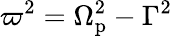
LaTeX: \varpi^{2}=\Omega_{\mathrm{p}}^{2}-\Gamma^{2}